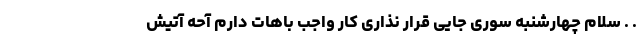
. . سلام چهارشنبه سوری جایی قرار نذاری کار واجب باهات دارم آحه آتیش